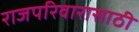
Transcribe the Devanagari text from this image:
राजपरिवारासाठी